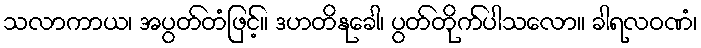
သလာကာယ၊ အပွတ်တံဖြင့်။ ဒဟတိနုခေါ၊ ပွတ်တိုက်ပါသလော။ ခါရလဝဏံ၊